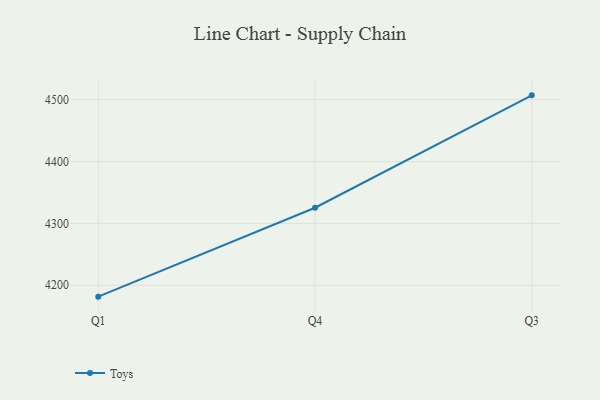
{"axis": {"x": "Quarter", "y": "Conversion Rate (%)"}, "legend": ["Toys"], "data": [{"x": "Q1", "y": 4181.6, "type": "Toys"}, {"x": "Q4", "y": 4325.3, "type": "Toys"}, {"x": "Q3", "y": 4507.0, "type": "Toys"}]}